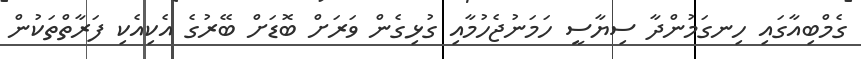
ގެމްބިއާގައި ހިނގަމުންދާ ސިޔާސީ ހަމަނުޖެހުމާއި ގުޅިގެން ވަރަށް ބޮޑަށް ބޭރުގެ އެކިއެކި ފަރާތްތަކުން